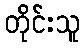
တိုင်းသူ